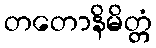
တတောနိမိတ္တံ